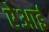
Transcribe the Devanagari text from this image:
ऐआई